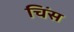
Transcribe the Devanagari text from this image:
चिंस